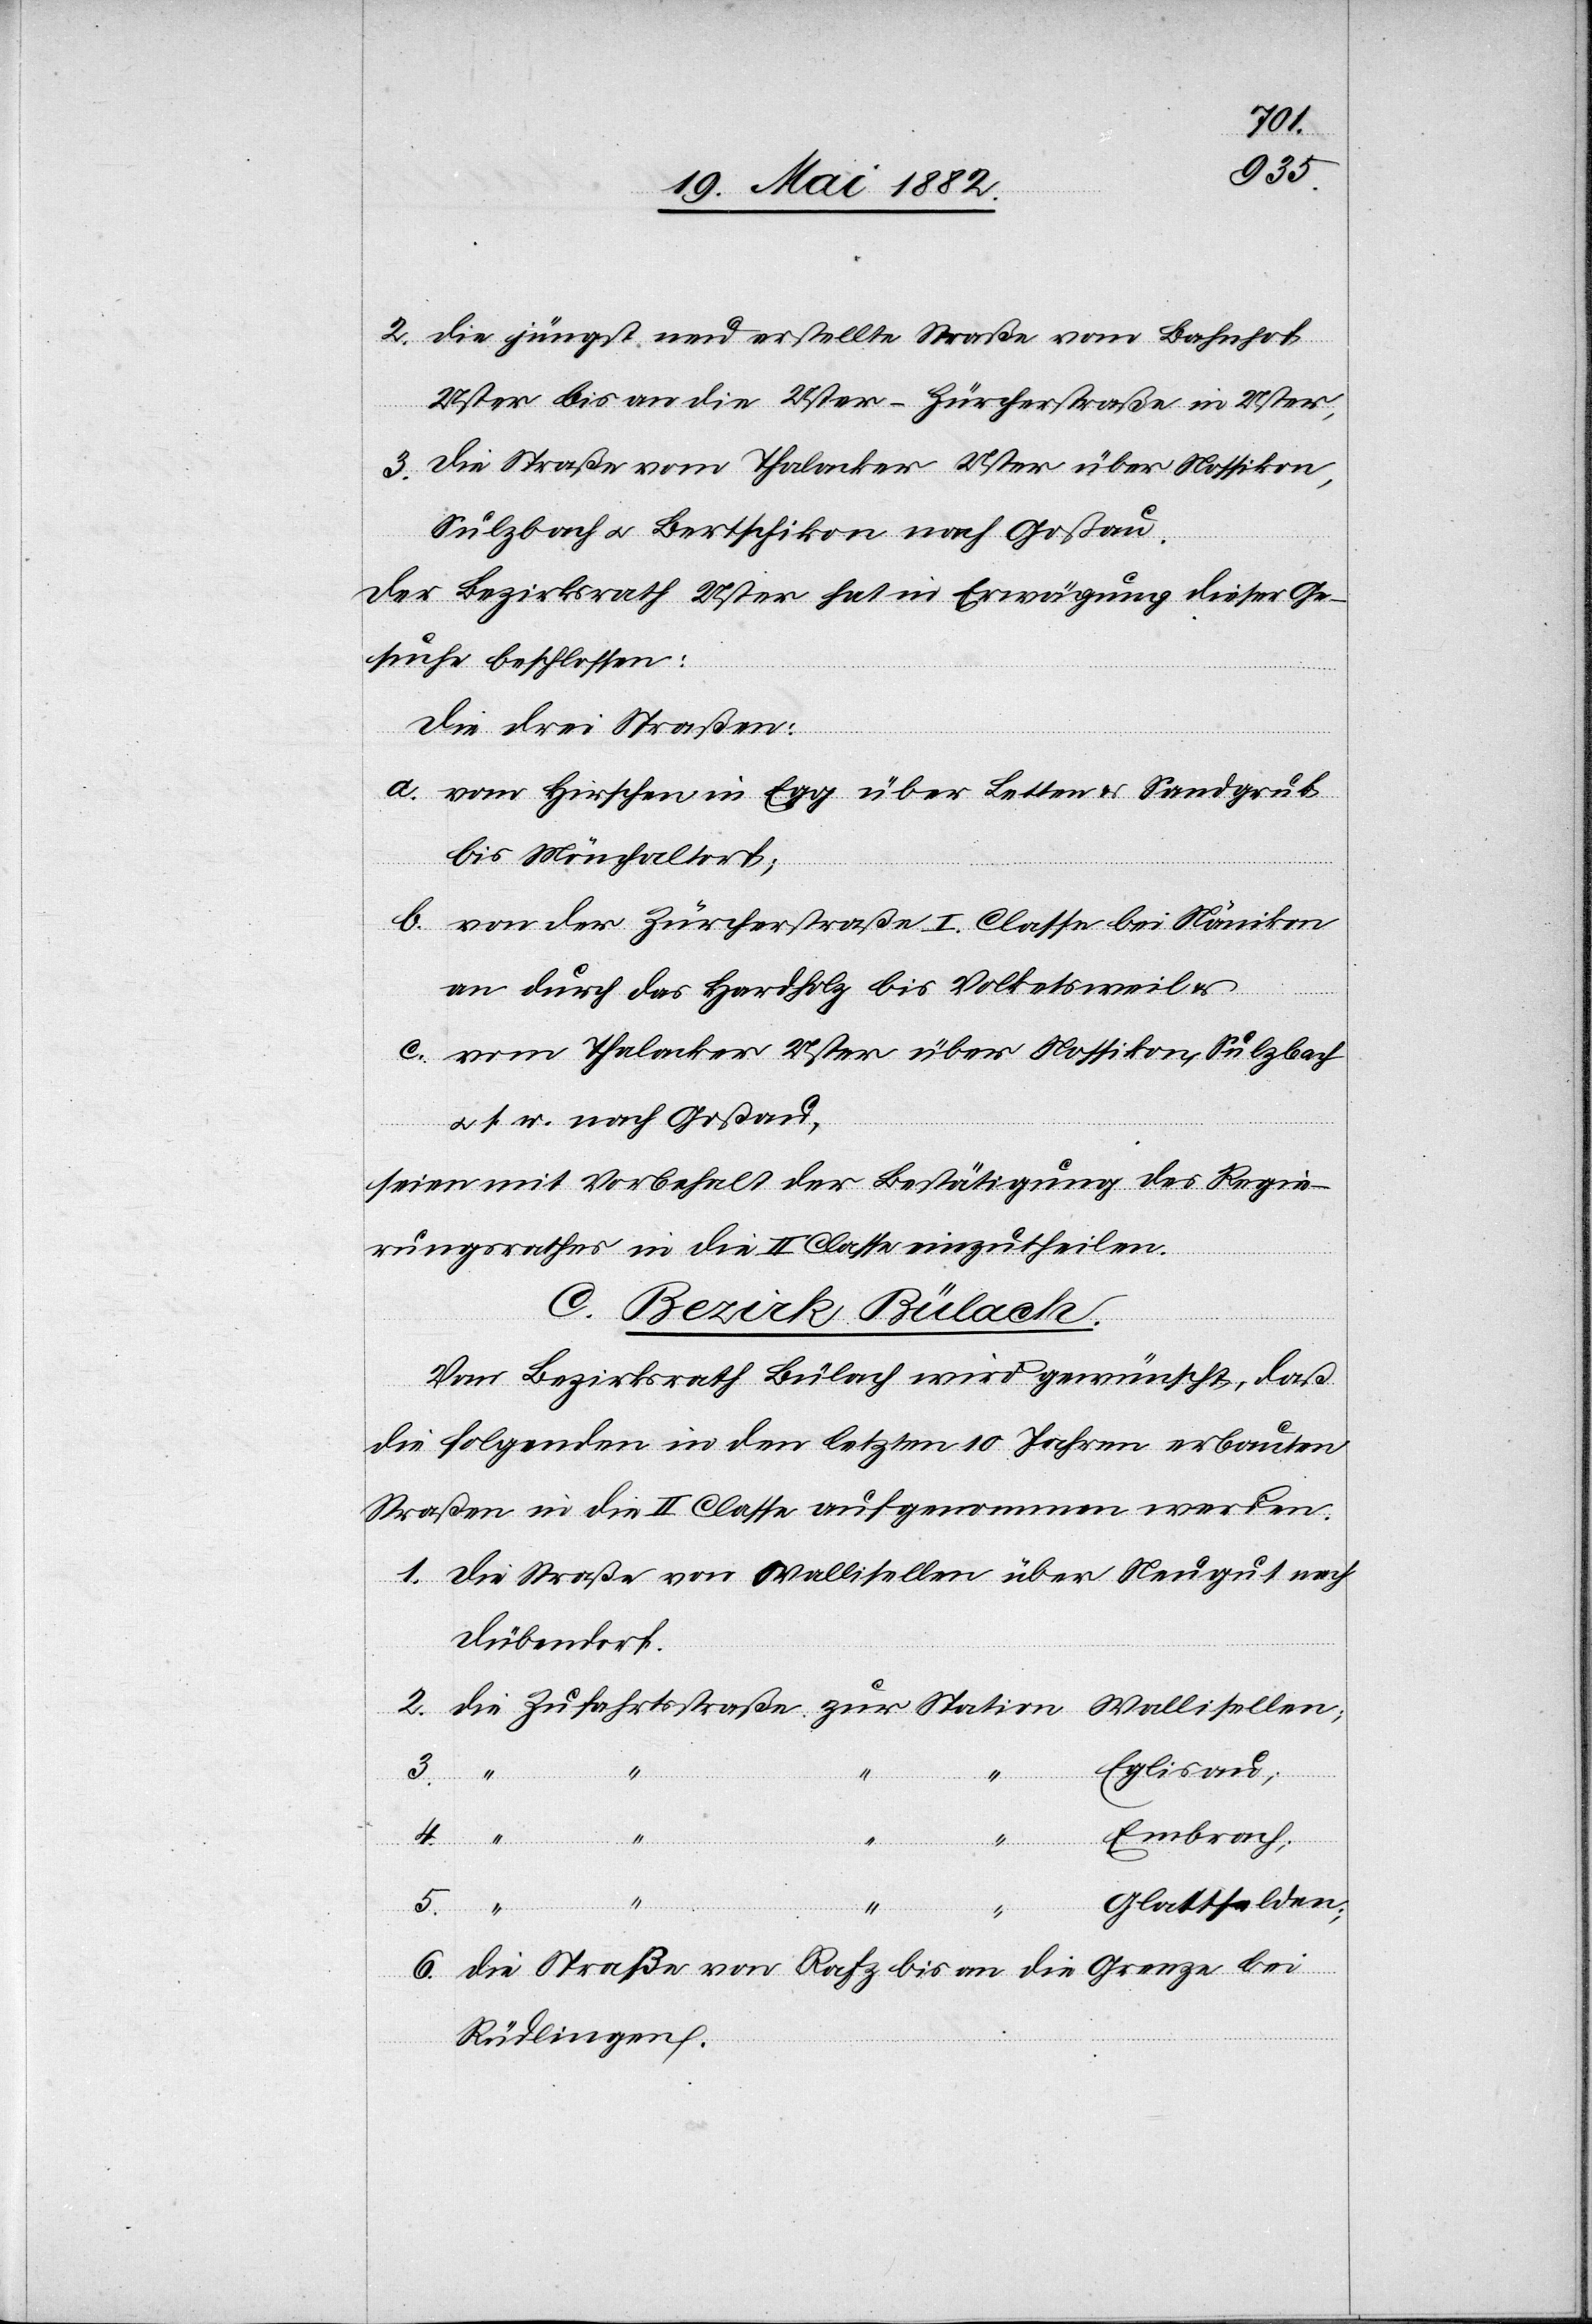
2. die jüngst neu erstellte Straße vom Bahnhof
Uster bis an die Uster-Hürcherstraße in Uster,
3. die Straße vom Thalacker Uster über Nossikon,
Sulzbach u. Bertschikon nach Goßau.
Der Bezirksrath Uster hat in Erwägung dieser Ge¬
suche beschlossen:
Die drei Straßen:
a. vom Hirschen in Egg über Letten & Sandgrub
bis Mönchaltorf;
Station
b. von der Zürcherstraße I. Classe bei Nänikon
an durch das Hardholz bis Volketsweil
c. vom Thalacker Uster über Nossikon, Sulzbach
u. s. w. nach Goßau,
seien mit Vorbehalt der Bestätigung des Regie¬
rungsrathes in die II. Classe einzutheilen.
2.
Vom Bezirksrath Bülach wird gewünscht, daß
die folgenden in den letzten 10 Jahren erbauten
Straßen in die II. Classe aufgenommen werden.
1. Die Straße von Wallisellen über Neugut nach
Dübendorf.
Eglisau;
Embrach;
4.
“
Glattfelden;
5.
die Straße von Rafz bis an die Grenze bei
6.
Rüdligen.